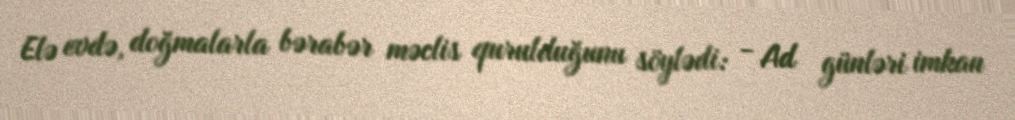
Elə evdə, doğmalarla bərabər məclis qurulduğunu söylədi: - Ad günləri imkan